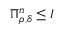
\Pi _ { \rho , \delta } ^ { n } \leq I